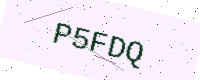
Text: P5FDQ